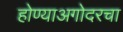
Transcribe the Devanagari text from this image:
होण्याअगोदरचा